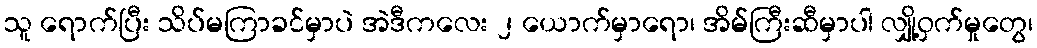
သူ ရောက်ပြီး သိပ်မကြာခင်မှာပဲ အဲဒီကလေး ၂ ယောက်မှာရော၊ အိမ်ကြီးဆီမှာပါ လျှို့ဝှက်မှုတွေ၊